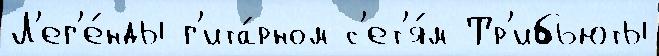
Л'ег'е́нды г'ита́рном с'ет'я́м Тр'ибьюты